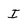
Character: I